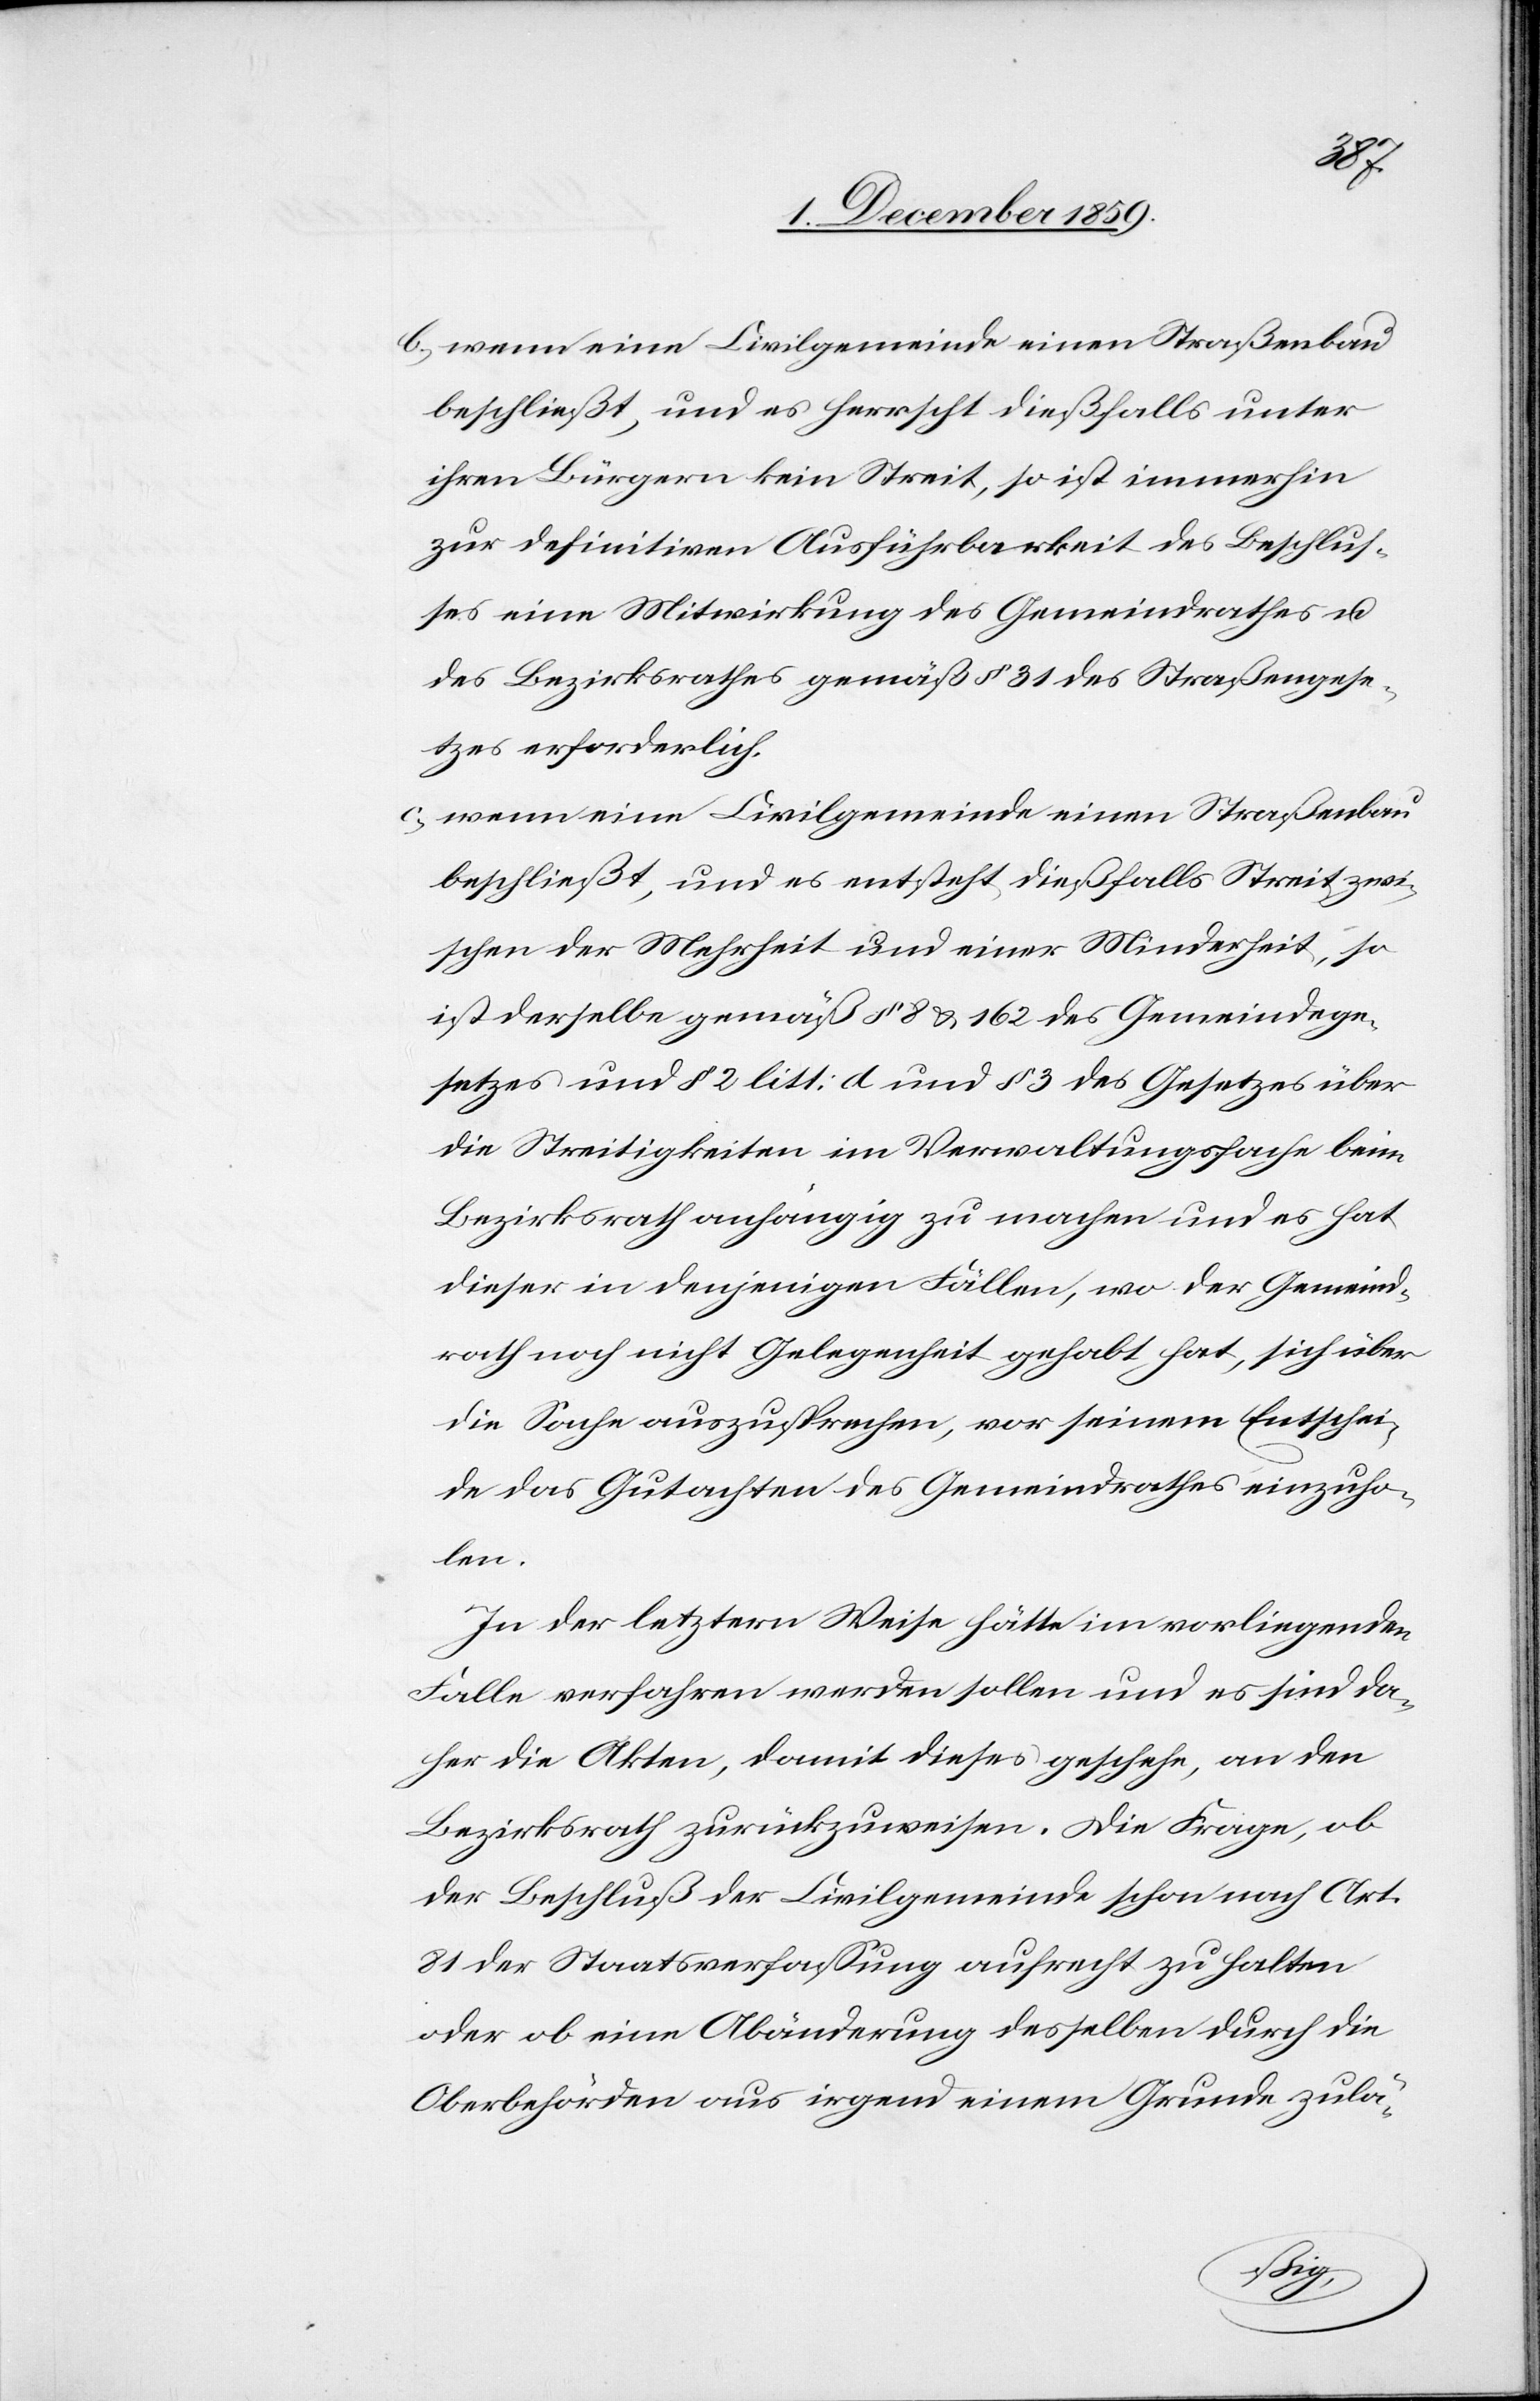
b) wenn eine Civilgemeinde einen Straßenbau
beschließt, und es herrscht dießfalls unter
ihren Bürgern kein Streit, so ist immerhin
zur definitiven Ausführbarkeit des Beschlus¬
ses eine Mitwirkung des Gemeindrathes u.
des Bezirksrathes gemäß § 31 des Straßengese¬
tzes erforderlich.
c) wenn eine Civilgemeinde einen Straßenbau
beschließt, und es entsteht dießfalls Streit zwi¬
schen der Mehrheit und einer Minderheit, so
ist derselbe gemäß § 8 & 162 des Gemeindege¬
setzes und § 2 litt: d und § 3 des Gesetzes über
die Streitigkeiten im Verwaltungsfache beim
Bezirksrath anhängig zu machen und es hat
dieser in denjenigen Fällen, wo der Gemeind¬
rath noch nicht Gelegenheit gehabt hat, sich über
die Sache auszusprechen, vor seinem Entschei¬
de das Gutachten des Gemeindrathes einzuho¬
len.
In der letztern Weise hätte im vorliegenden
Faller verfahren werden sollen und es sind da¬
her die Akten, damit dieses geschehe, an den
Bezirksrath zurückzuweisen. Die Frage, ob
der Beschluß der Civilgemeinde schon nach Art.
81 der Staatsverfassung aufrecht zu halten
oder ob eine Abänderung desselben durch die
Oberbehörden aus irgend einem Grunde zulä-